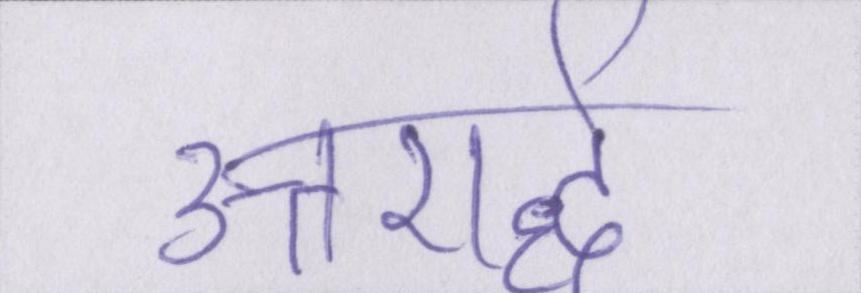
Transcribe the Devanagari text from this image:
उत्तरार्द्ध